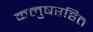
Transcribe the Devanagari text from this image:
कलुषरहित